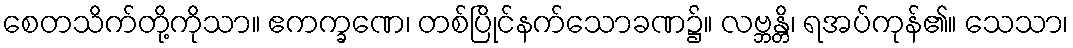
စေတသိက်တို့ကိုသာ။ ဧကက္ခဏေ၊ တစ်ပြိုင်နက်သောခဏ၌။ လဗ္ဘန္တိ၊ ရအပ်ကုန်၏။ သေသာ၊